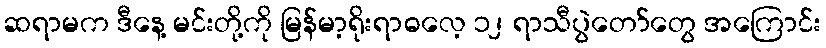
ဆရာမက ဒီနေ့ မင်းတို့ကို မြန်မာ့ရိုးရာဓလေ့ ၁၂ ရာသီပွဲတော်တွေ အကြောင်း